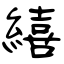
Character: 繥